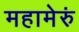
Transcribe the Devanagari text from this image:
महामेरुं